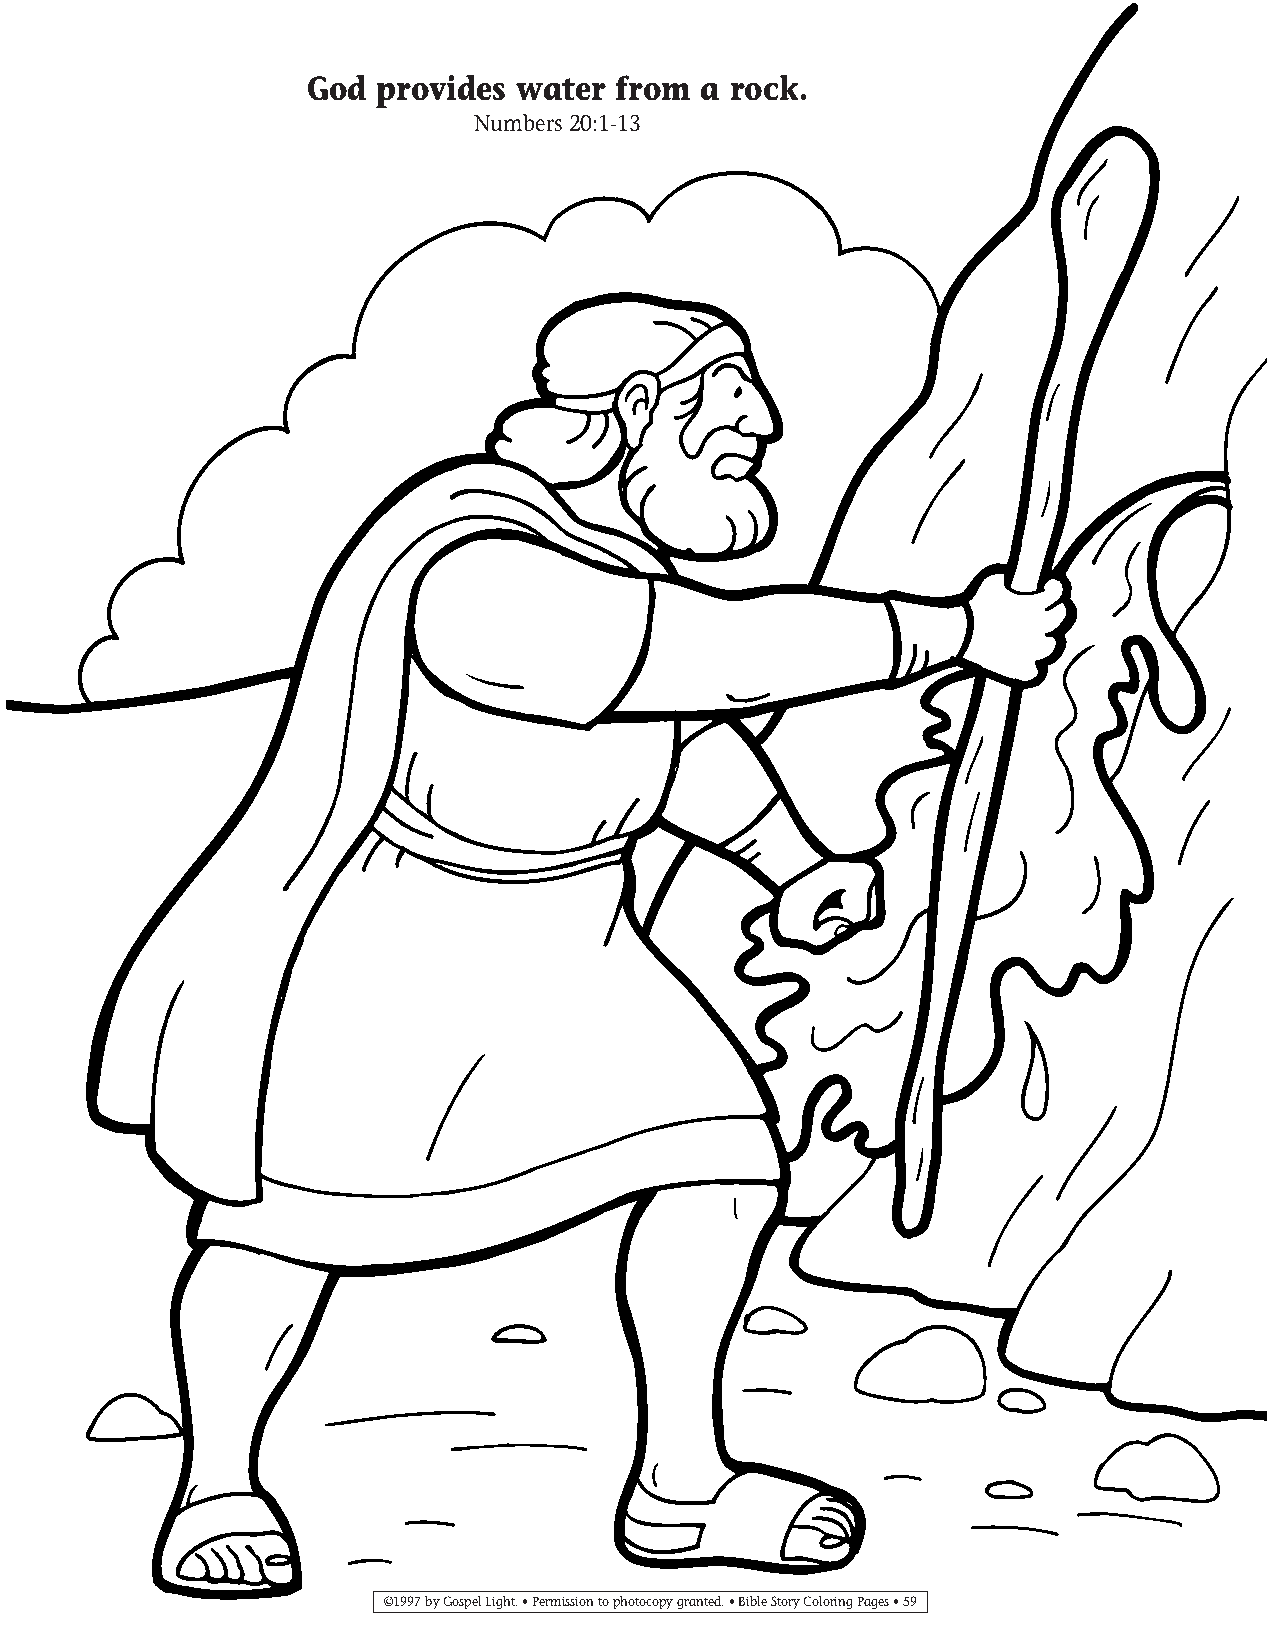
035-64 Coloring pgs_035-64 Coloring pgs 2/19/14 11:45 AM Page 59
 God provides  water from  a rock.
 Numbers 20:1-13
 ©1997 by Gospel Light. • Permission to photocopy granted. • Bible Story Coloring Pages • 59